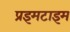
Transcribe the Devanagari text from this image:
प्रइमटाइम